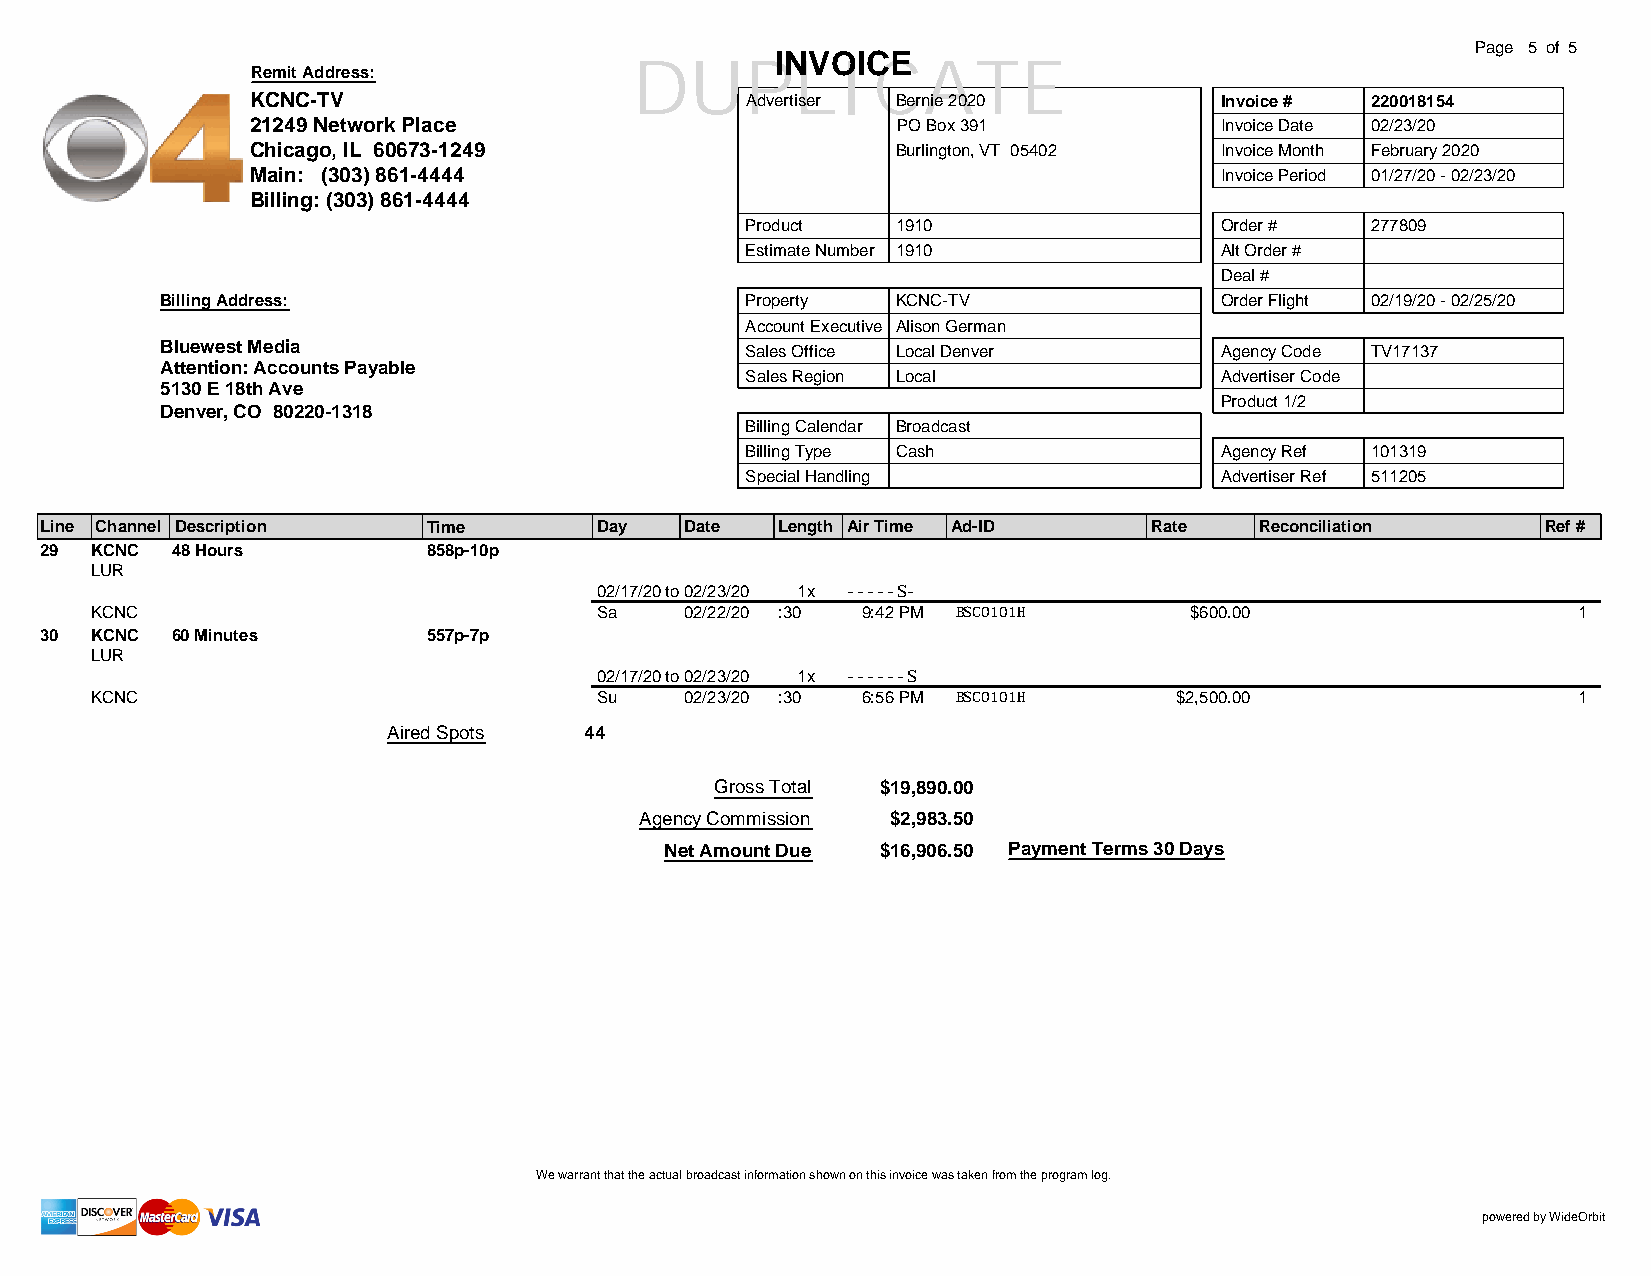
Page 5 of 5
 INVOICE
 DUPLICATE
 Remit Address:
 KCNC-TV                         Advertiser Bernie 2020          Invoice # 220018154
 21249 Network Place                       PO Box 391            Invoice Date 02/23/20
 Chicago, IL 60673-1249                    Burlington, VT 05402  Invoice Month February 2020
 Main: (303) 861-4444                                            Invoice Period 01/27/20 - 02/23/20
 Billing: (303) 861-4444
 Product   1910                  Order #   277809
 Estimate Number 1910            Alt Order #
 Deal #
 Billing Address:                      Property  KCNC-TV               Order Flight 02/19/20 - 02/25/20
 Account Executive Alison German
 Bluewest Media                        Sales Office Local Denver       Agency Code TV17137
 Attention: Accounts Payable
 Sales Region Local              Advertiser Code
 5130 E 18th Ave
 Product 1/2
 Denver, CO 80220-1318
 Billing Calendar Broadcast
 Billing Type Cash               Agency Ref 101319
 Special Handling                Advertiser Ref 511205
 Line Channel Description Time       Day   Date  Length Air Time Ad-ID    Rate   Reconciliation     Ref #
 29 KCNC 48 Hours         858p-10p
 LUR
 02/17/20to02/23/20 1x -----S-
 KCNC                             Sa    02/22/20 :30 9:42 PM BSCO101H     $600.00                  1
 30 KCNC 60 Minutes       557p-7p
 LUR
 02/17/20to02/23/20 1x ------S
 KCNC                             Su    02/23/20 :30 6:56 PM BSCO101H    $2,500.00                 1
 Aired Spots  44
 Gross Total $19,890.00
 Agency Commission $2,983.50
 Net Amount Due $16,906.50 Payment Terms 30 Days
 We warrant that the actual broadcast information shown on this invoice was taken from the program log.
 powered by WideOrbit